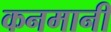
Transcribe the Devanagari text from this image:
कनमानी